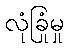
လုံခြုံမှု